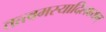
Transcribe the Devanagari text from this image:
तत्त्वमस्यादिलक्ष्यम्